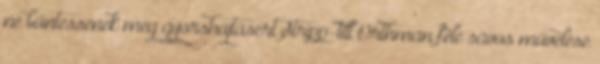
ne büntessenek meg gyorshajtásért Stripp-till Orthman féle sávos művelésé